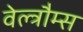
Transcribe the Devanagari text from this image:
वेल्त्रौम्स